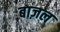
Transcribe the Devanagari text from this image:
बाज़ल